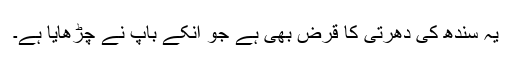
یہ سندھ کی دھرتی کا قرض بھی ہے جو انکے باپ نے چڑھایا ہے۔